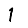
Digit: 1